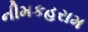
નીમકહરામ